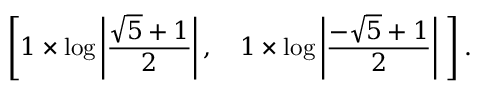
\left[ 1 \times \log \left| { \frac { { \sqrt { 5 } } + 1 } { 2 } } \right| , \quad 1 \times \log \left| { \frac { - { \sqrt { 5 } } + 1 } { 2 } } \right| \ \right] .